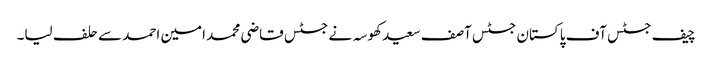
چیف جسٹس آف پاکستان جسٹس آصف سعید کھوسہ نے جسٹس قاضی محمد امین احمد سے حلف لیا۔